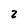
Character: z